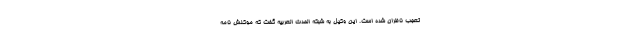
تعجب ناظران شده است. این وکیل به شبکه الحدث العربیه گفت که موکلش نامه